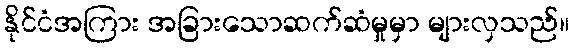
နိုင်ငံအကြား အခြားသောဆက်ဆံမှုမှာ များလှသည်။